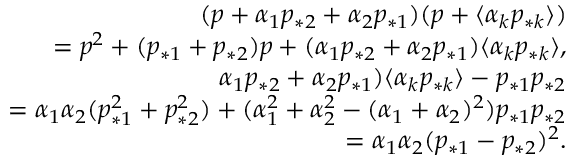
\begin{array} { r } { ( p + \alpha _ { 1 } p _ { * 2 } + \alpha _ { 2 } p _ { * 1 } ) ( p + \langle \alpha _ { k } p _ { * k } \rangle ) } \\ { = p ^ { 2 } + ( p _ { * 1 } + p _ { * 2 } ) p + ( \alpha _ { 1 } p _ { * 2 } + \alpha _ { 2 } p _ { * 1 } ) \langle \alpha _ { k } p _ { * k } \rangle , } \\ { \alpha _ { 1 } p _ { * 2 } + \alpha _ { 2 } p _ { * 1 } ) \langle \alpha _ { k } p _ { * k } \rangle - p _ { * 1 } p _ { * 2 } } \\ { = \alpha _ { 1 } \alpha _ { 2 } ( p _ { * 1 } ^ { 2 } + p _ { * 2 } ^ { 2 } ) + ( \alpha _ { 1 } ^ { 2 } + \alpha _ { 2 } ^ { 2 } - ( \alpha _ { 1 } + \alpha _ { 2 } ) ^ { 2 } ) p _ { * 1 } p _ { * 2 } } \\ { = \alpha _ { 1 } \alpha _ { 2 } ( p _ { * 1 } - p _ { * 2 } ) ^ { 2 } . } \end{array}